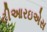
ટીઆરઇએસ